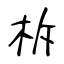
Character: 柝